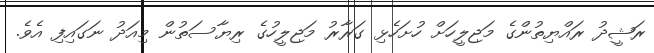
ރަޝީދު ރައްޔިތުންގެ މަޖިލީހަށް ހުށަހެޅި ގަރާރު މަޖިލީހުގެ ރިޔާސަތުން މިއަދު ނަގައިފި އެވެ.